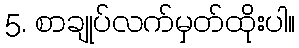
5. စာချုပ်လက်မှတ်ထိုးပါ။